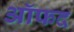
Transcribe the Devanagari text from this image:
ऑफद